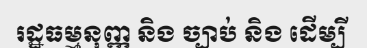
រដ្ឋធម្មនុញ្ញ និង ច្បាប់ និង ដើម្បី